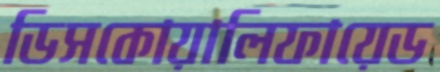
ডিসকোয়ালিফায়েড